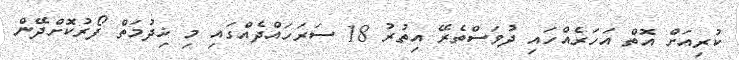
ކުރިއަށް އޮތް އަހަރެއްހައި ދުވަސްތެރޭ އިތުރު 18 ސަރަހައްދެއްގައި މި ޚިދުމަތް ފޯރުކޮށްދޭން